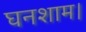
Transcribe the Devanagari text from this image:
घनशाम।